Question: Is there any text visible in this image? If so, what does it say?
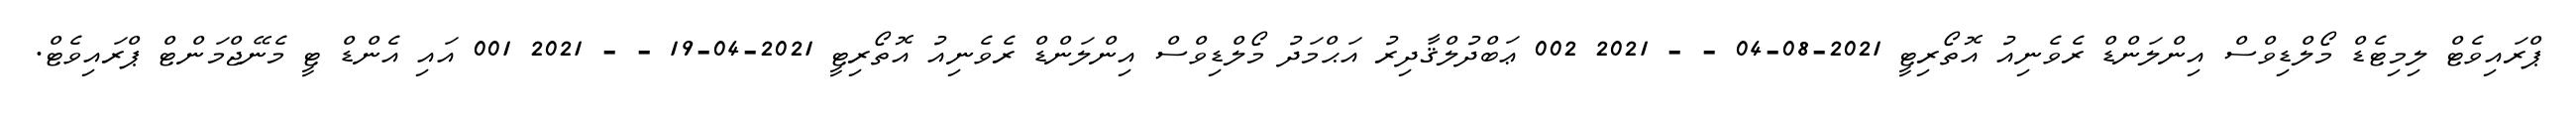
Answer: ޕްރައިވެޓް ލިމިޓެޑް މޯލްޑިވްސް އިންލަންޑް ރެވެނިއު އޮތޯރިޓީ 2021-08-04 - - 2021 002 ޢަބްދުލްޤާދިރު އަޙްމަދު މޯލްޑިވްސް އިންލަންޑް ރެވެނިއު އޮތޯރިޓީ 2021-04-19 - - 2021 001 އައި އެންޑް ޓީ މެނޭޖްމަންޓް ޕްރައިވެޓް.